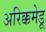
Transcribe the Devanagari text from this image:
अरिक्कमेडू